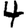
Digit: 4